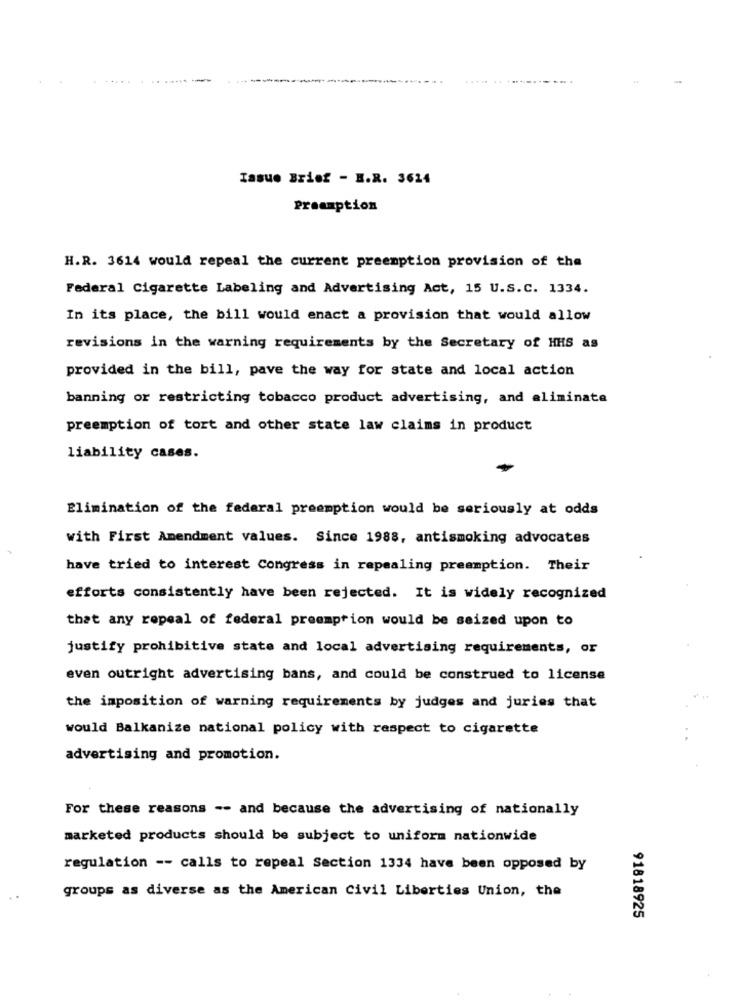
Issue Brief - H.R. 3624
Preamption
H.R. 3614 would repeal the current preemption provision of the
Federal Cigarette Labeling and Advertising Act, 15 U.S.C. 1334.
In its place, the bill would enact a provision that would allow
revisions in the warning requirements by the Secretary of HHS as
provided in the bill, pave the way for state and local action
banning or restricting tobacco product advertising, and eliminate
preemption of tort and other state law claims in product
liability cases.
Elimination of the federal preemption would be seriously at odds
with First Amendment values. Since 1988, antismoking advocates
have tried to interest Congress in repealing preemption. Their
efforts consistently have been rejected. It is widely recognized
that any repeal of federal preemption would be seized upon to
justify prohibitive state and local advertising requirements, or
even outright advertising bans, and could be construed to license
the imposition of warning requirements by judges and juries that
would Balkanize national policy with respect to cigarette
advertising and promotion.
For these reasons -- and because the advertising of nationally
marketed products should be subject to uniform nationwide
regulation -- calls to repeal Section 1334 have been opposed by
groups as diverse as the American Civil Liberties Union, the
91818925